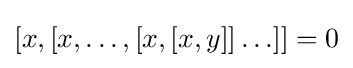
[x,[x,\ldots ,[x,[x,y]]\ldots ]]=0